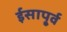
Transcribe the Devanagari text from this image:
ईसापू्र्व